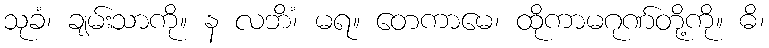
သုခံ၊ ချမ်းသာကို။ န လဘိံ၊ မရ။ တေကာမေ၊ ထိုကာမဂုဏ်တို့ကို။ ဓိ၊